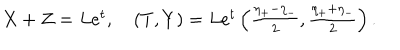
\begin{array} { l } { { X + Z = L e ^ { t } , \quad ( T , Y ) = L e ^ { t } \left( \frac { \eta _ { + } - \eta _ { - } } { 2 } , \frac { \eta _ { + } + \eta _ { - } } { 2 } \right) . } } \\ \end{array}